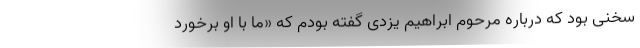
سخنی بود که درباره مرحوم ابراهیم یزدی گفته بودم که «ما با او برخورد